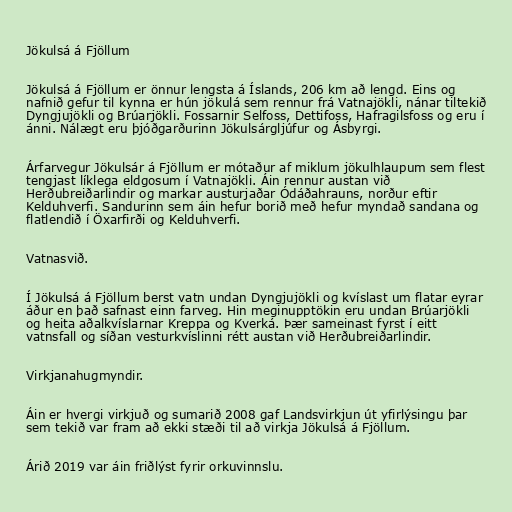
Jökulsá á Fjöllum

Jökulsá á Fjöllum er önnur lengsta á Íslands, 206 km að lengd. Eins og
nafnið gefur til kynna er hún jökulá sem rennur frá Vatnajökli, nánar tiltekið
Dyngjujökli og Brúarjökli. Fossarnir Selfoss, Dettifoss, Hafragilsfoss og eru í
ánni. Nálægt eru þjóðgarðurinn Jökulsárgljúfur og Ásbyrgi.

Árfarvegur Jökulsár á Fjöllum er mótaður af miklum jökulhlaupum sem flest
tengjast líklega eldgosum í Vatnajökli. Áin rennur austan við
Herðubreiðarlindir og markar austurjaðar Ódáðahrauns, norður eftir
Kelduhverfi. Sandurinn sem áin hefur borið með hefur myndað sandana og
flatlendið í Öxarfirði og Kelduhverfi.

Vatnasvið.

Í Jökulsá á Fjöllum berst vatn undan Dyngjujökli og kvíslast um flatar eyrar
áður en það safnast einn farveg. Hin meginupptökin eru undan Brúarjökli
og heita aðalkvíslarnar Kreppa og Kverká. Þær sameinast fyrst í eitt
vatnsfall og síðan vesturkvíslinni rétt austan við Herðubreiðarlindir.

Virkjanahugmyndir.

Áin er hvergi virkjuð og sumarið 2008 gaf Landsvirkjun út yfirlýsingu þar
sem tekið var fram að ekki stæði til að virkja Jökulsá á Fjöllum.

Árið 2019 var áin friðlýst fyrir orkuvinnslu.